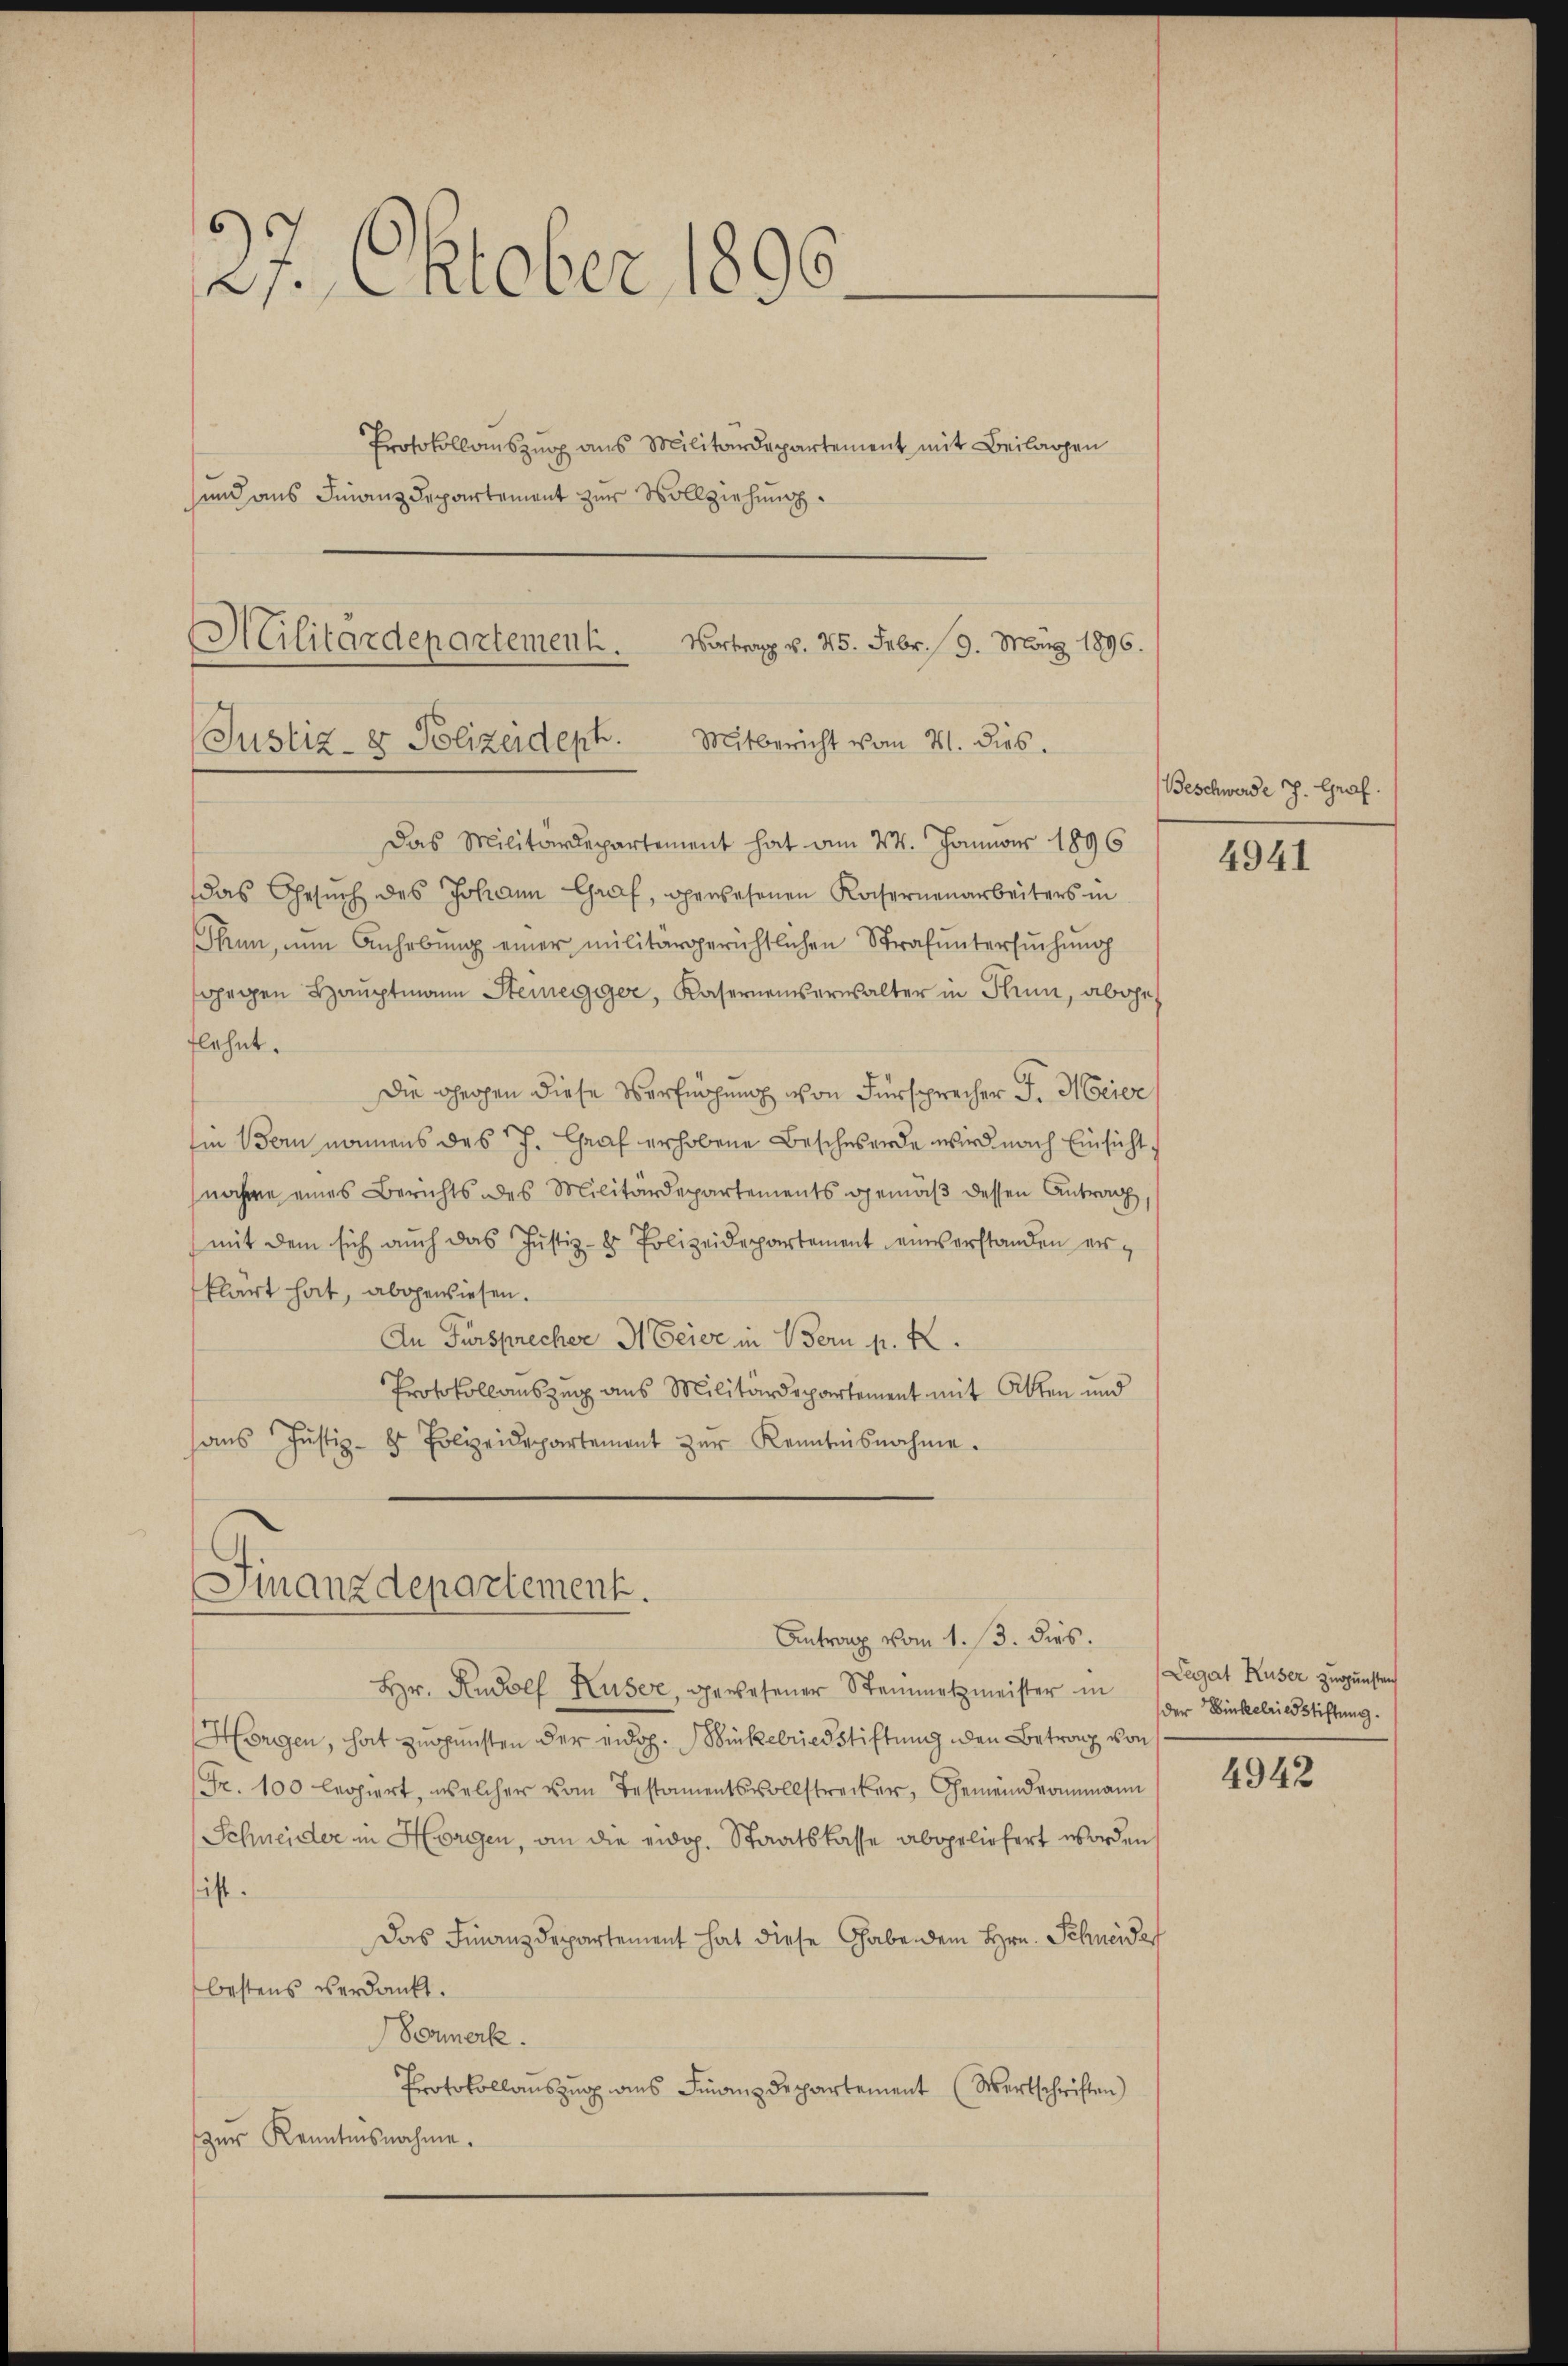
21. Oktober 1896.
Protokollauszug aus Militärdepartement mit Beilagen
sund aus Finanzdepartement zur Vollziehung.

Militärdepartement.
Vortrag v. 25. Febr. 19. März 1896.
Justiz- & Polizeidept. Mitbericht vom 21. dies.

Das Militärdepartement hat am 24. Januar 1896
das Gesuch des Johann Graf, gewesenen Konsernenarbeiters in
Thun, nun Anhebung einer militärgerichtlichen Strafuntersuchung
gegen Hauptmann Steinegger, Kaserneuerwalter in Thun, abgeflehnt.
Die Oheigen diese Verfügung von Fürsprecher J. Meier
Ein Bern namens des J. Graf erhobene Beschwerde wird nach Einsicht
nahme eines Berichts des Militärdepartements gemäß dessen Antrag,
mit dem sich auch das Justiz- & Polizeidepartement einverstanden erklärt hat, abgewiesen.
An Fürsprecher H. Geier in Bern p. 2.
Protokollauszug aus Militärdepartement mit Alten und
ans Justiz- & Polizeidepartement zŭr Kenntnisnahme.

Finanzdepartement.
Antrag vom 1. 13. dies.

Hr. Rudolf Huser, gewesener Steinmetzmeister in
Horgen, hat zugunsten der eidg. Bickelriedstiftung den Betrang von
(Fr. 100 legiert, welcher vom Testamentsvollstrecker, Gemeindeammann
Schneider in Horgen, an die eidg. Staatskasse abgeliefert worden
hist.
Das Finanzdepartement hat diese Gabe dem Hrn. Schneider
bestens verdankt.
Formerk.
Protokollauszug aus Finanzdepartement (Wertschriften)
zur Kenntnisnahme.

Beschwerde J. Graf.

4941

Legat Kuser zugunstens
der Einkelriedstiftung.

4942